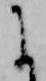
に